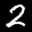
Label: 2